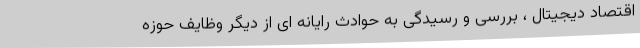
اقتصاد دیجیتال ، بررسی و رسیدگی به حوادث رایانه ای از دیگر وظایف حوزه